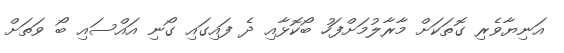
އަނިޔާވެރި ގޮތަކަށް މާރާލުމަށްފަހު ބޯކޮޅާއި ދެ ފައިގައި ގޯނި އައްސައި ބޯ ވަތަށް